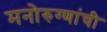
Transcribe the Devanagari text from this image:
मनोरुग्णांची